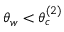
\theta _ { w } < \theta _ { c } ^ { ( 2 ) }